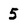
Character: 5